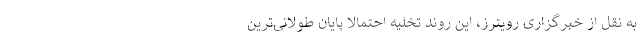
به نقل از خبرگزاری رویترز، این روند تخلیه احتمالاً پایان طولانی‌ترین